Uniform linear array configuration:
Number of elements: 8
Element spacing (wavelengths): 1
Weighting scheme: uniform
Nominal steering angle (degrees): -45
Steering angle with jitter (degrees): -44.575
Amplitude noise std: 0.05
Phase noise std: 0.05

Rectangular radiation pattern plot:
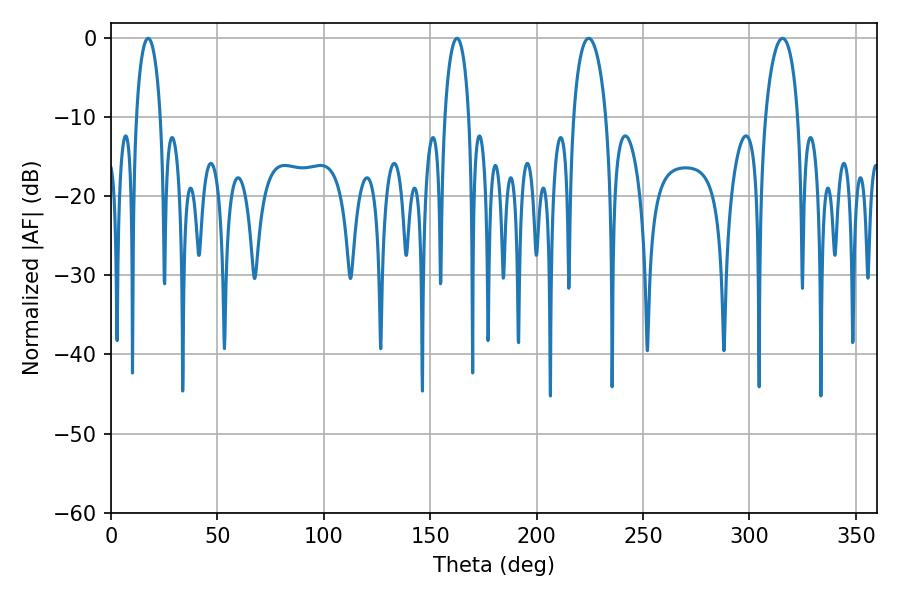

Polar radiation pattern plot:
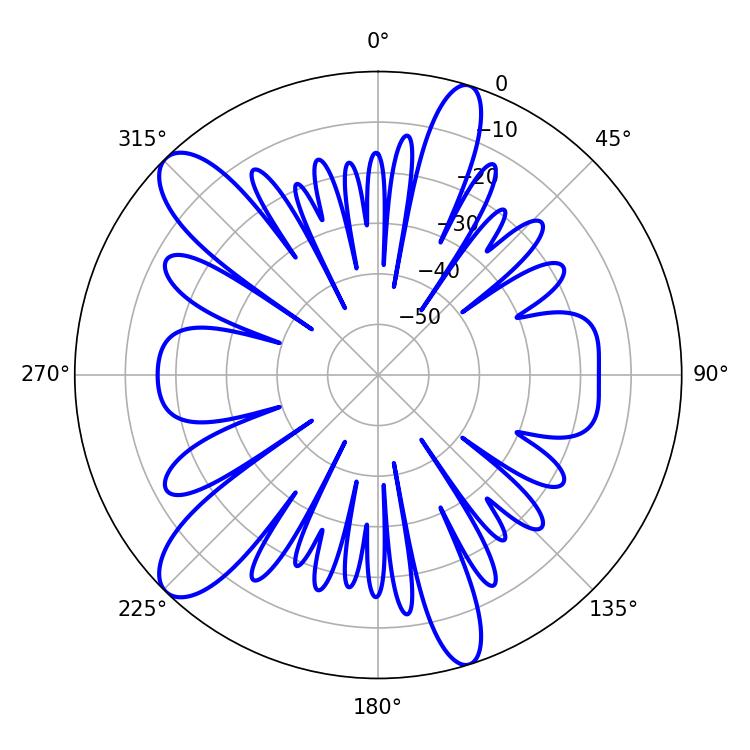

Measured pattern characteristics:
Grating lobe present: TRUE
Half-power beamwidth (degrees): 8.82
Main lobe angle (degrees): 224.46